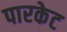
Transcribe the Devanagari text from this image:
पारकेट